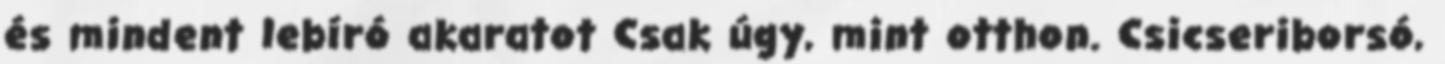
és mindent lebíró akaratot Csak úgy, mint otthon. Csicseriborsó,